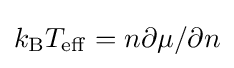
k_{\rm {B}}T_{\rm {eff}}=n\partial \mu /\partial n